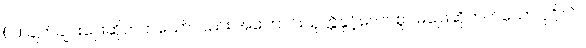
(၂) ချက်ချင်းဖြေဆိုတတ်သော်လည်း အကြောင်းယုတ္တိနှင့်လျော်စွာ မဖြေဆိုတတ်သော ပုဂ္ဂိုလ်။